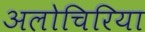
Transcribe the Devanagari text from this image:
अलोचिरिया